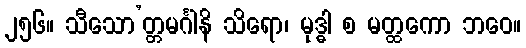
၂၅၆။ သီသော’တ္တမင်္ဂါနိ သိရော၊ မုဒ္ဓါ စ မတ္ထကော ဘဝေ။